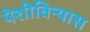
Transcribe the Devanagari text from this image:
पेशीविन्यास